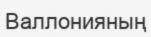
Валлонияның